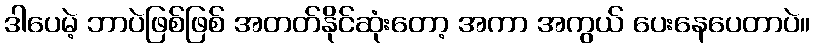
ဒါပေမဲ့ ဘာပဲဖြစ်ဖြစ် အတတ်နိုင်ဆုံးတော့ အကာ အကွယ် ပေးနေပေတာပဲ။